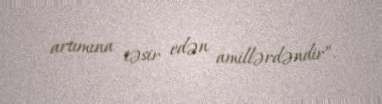
artımına təsir edən amillərdəndir”.